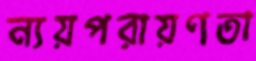
ন্যয়পরায়ণতা